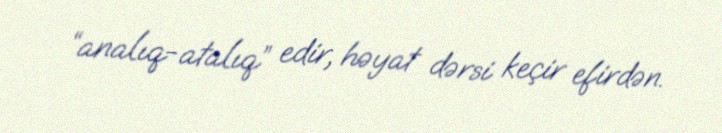
“analıq-atalıq” edir, həyat dərsi keçir efirdən.